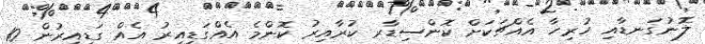
ލޮނުގަނޑާއި ހުރިހާ އެއްޗަކަށް ކޮންސިޑާރ ކުރާއިރު ކޮންމެ އެއްގަޑިއިރު އެއް ގަޑިއިރުން 10